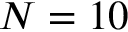
N = 1 0